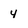
Character: 4